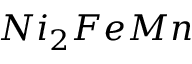
N i _ { 2 } F e M n